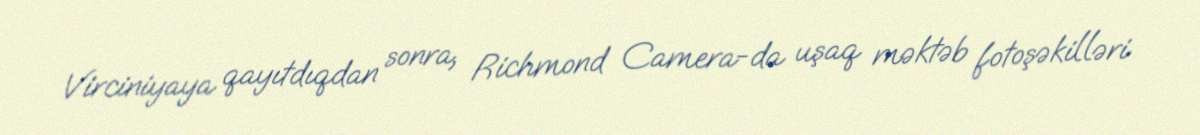
Virciniyaya qayıtdıqdan sonra, Richmond Camera-da uşaq məktəb fotoşəkilləri